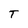
Character: T